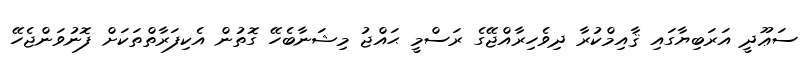
ސަޢޫދީ އަރަބިޔާގައި ޤާއިމްކުރާ ދިވެހިރާއްޖޭގެ ރަސްމީ ޙައްޖު މިޝަނާބެހޭ ގޮތުން އެކިފަރާތްތަކަށް ފޮނުވަންޖެހޭ